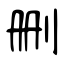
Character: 删